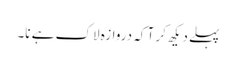
پہلے دیکھ کر آ کہ دروازہ لاک ہے نا۔